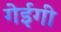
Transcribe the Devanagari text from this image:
गेईगी